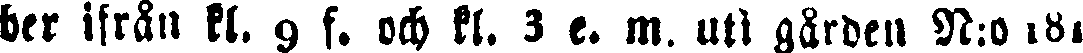
ber ifrån kl. 9 f. och kl. 3 e. m. uti gården N:o 181